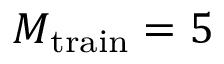
M _ { \mathrm { t r a i n } } = 5